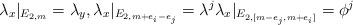
LaTeX: \begin{align*}\lambda_x|_{E_{2,m}}=\lambda_y, \lambda_x|_{E_{2, m+e_i-e_j}}=\lambda^j \lambda_x|_{E_{2, [m-e_j, m+e_i] }}= \phi^j\end{align*}